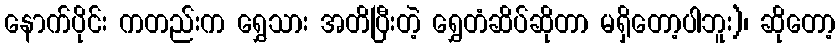
နောက်ပိုင်း ကတည်းက ရွှေသား အတိပြီးတဲ့ ရွှေတံဆိပ်ဆိုတာ မရှိတော့ပါဘူး)၊ ဆိုတော့